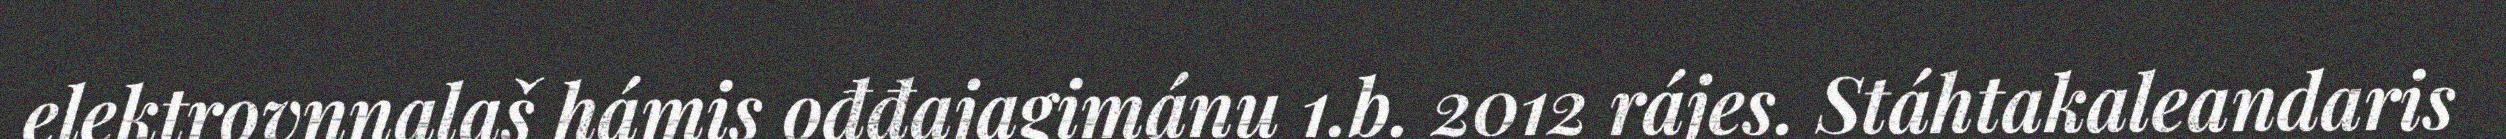
elektrovnnalaš hámis ođđajagimánu 1.b. 2012 rájes. Stáhtakaleandaris